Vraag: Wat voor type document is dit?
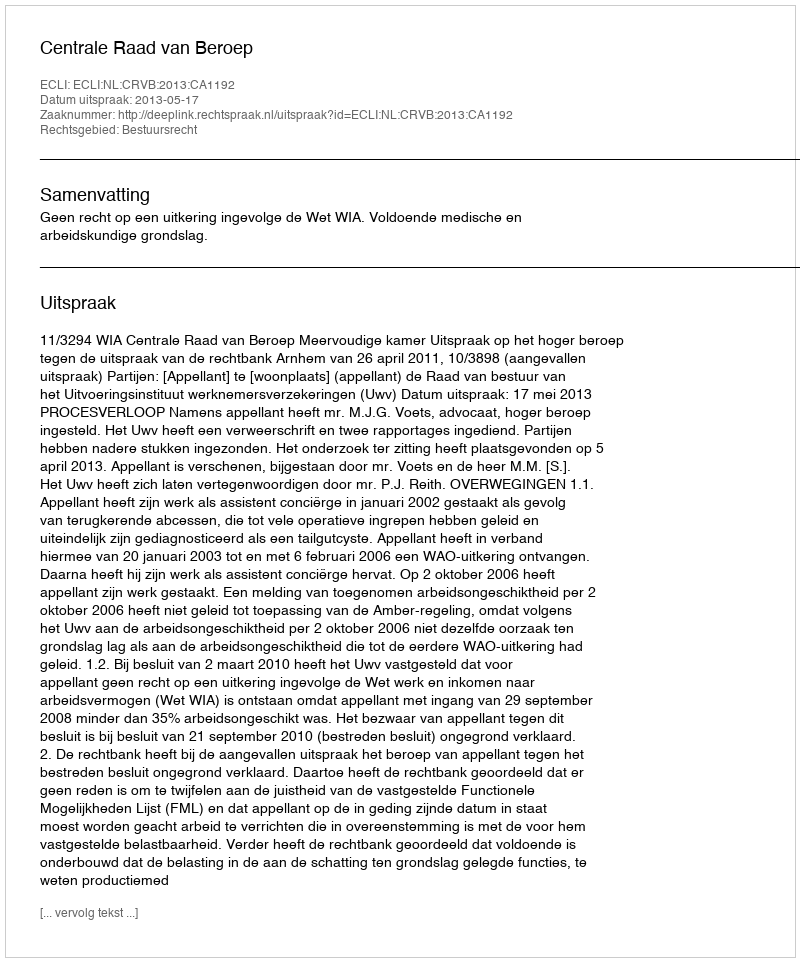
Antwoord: Uitspraak